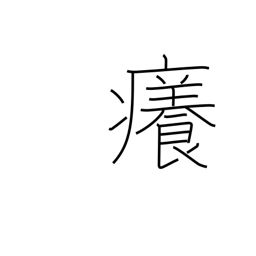
Meaning: itchy